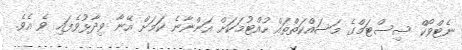
ނެޓްވޯކް ސިސްޓަމްގެ މަސައްކަތްތައް ހުއްޓުމަކަށް އަންނާނެ ކަމަށް އޭނާ ވިދާޅުވެފައި ވެ އެވެ.